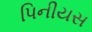
પિનીયસ